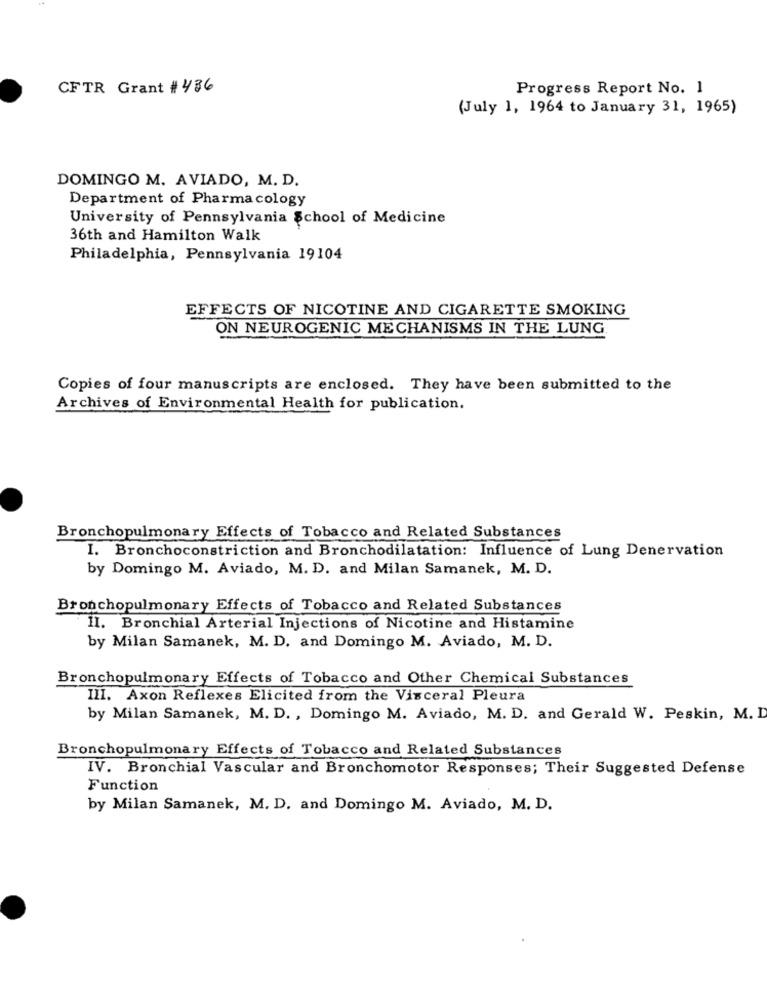
CFTR Grant # 436
Progress Report No. 1
(July 1, 1964 to January 31, 1965)
DOMINGO M. AVIADO, M. D.
Department of Pharmacology
University of Pennsylvania School of Medicine
36th and Hamilton Walk
Philadelphia, Pennsylvania 19104
EFFECTS OF NICOTINE AND CIGARETTE SMOKING
ON NEUROGENIC MECHANISMS IN THE LUNG
Copies of four manuscripts are enclosed. They have been submitted to the
Archives of Environmental Health for publication.
Bronchopulmonary Effects of Tobacco and Related Substances
I. Bronchoconstriction and Bronchodilatation: Influence of Lung Denervation
by Domingo M. Aviado, M. D. and Milan Samanek, M. D.
Bronchopulmonary Effects of Tobacco and Related Substances
II. Bronchial Arterial Injections of Nicotine and Histamine
by Milan Samanek, M. D. and Domingo M. Aviado, M. D.
Bronchopulmonary Effects of Tobacco and Other Chemical Substances
III. Axon Reflexes Elicited from the Visceral Pleura
by Milan Samanek, M. D. , Domingo M. Aviado, M. D. and Gerald W. Peskin, M. D
Bronchopulmonary Effects of Tobacco and Related Substances
IV. Bronchial Vascular and Bronchomotor Responses; Their Suggested Defense
Function
by Milan Samanek, M. D. and Domingo M. Aviado, M. D.